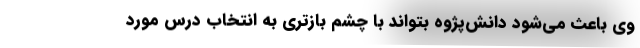
وی باعث می‌شود دانش‌پژوه بتواند با چشم بازتری به انتخاب درس مورد